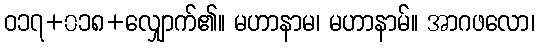
ဝ၁၇+၀၁၈+လျှောက်၏။ မဟာနာမ၊ မဟာနာမ်။ အာဂဖလော၊